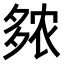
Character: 𫯒